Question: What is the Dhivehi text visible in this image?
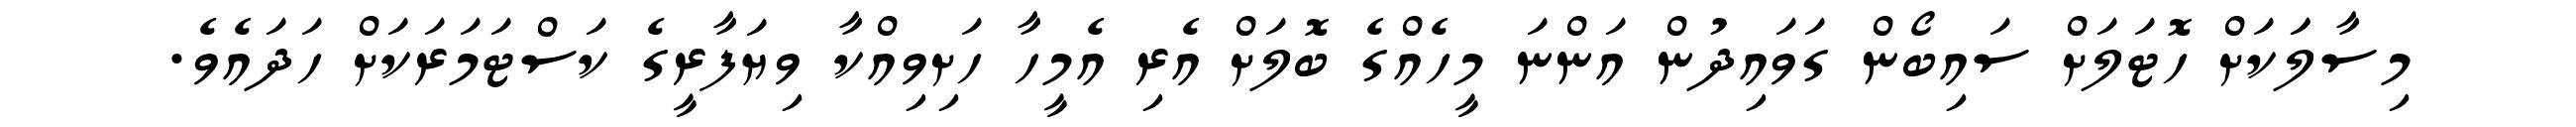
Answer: މިސާލަަކަށް ހޮޓަލަށް ސައިބޯން ގަވައިދުން އަންނަ މީހެއްގެ ބޮލަށް އެރި އެމީހާ ހަށިވިއްކާ ވިޔަފާރީގެ ކަސްޓަމަރަކަށް ހަދައެވެ.